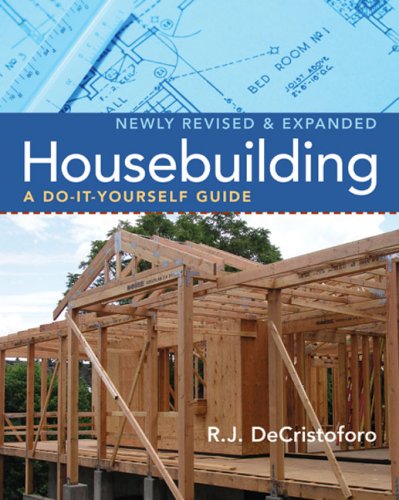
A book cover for Housebuilding: A Do-It-Yourself Guide, Revised & Expanded; R. J. DeCristoforo; Crafts, Hobbies & Home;